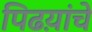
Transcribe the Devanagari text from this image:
पिढय़ांचे